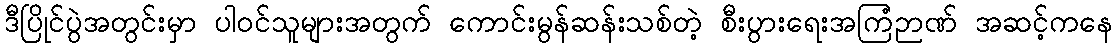
ဒီပြိုင်ပွဲအတွင်းမှာ ပါဝင်သူများအတွက် ကောင်းမွန်ဆန်းသစ်တဲ့ စီးပွားရေးအကြံဉာဏ် အဆင့်ကနေ